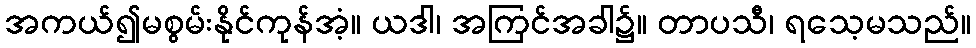
အကယ်၍မစွမ်းနိုင်ကုန်အံ့။ ယဒါ၊ အကြင်အခါ၌။ တာပသီ၊ ရသေ့မသည်။